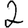
Digit: 2